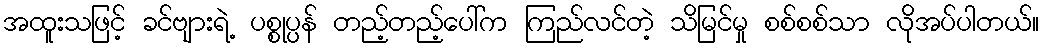
အထူးသဖြင့် ခင်ဗျားရဲ့ ပစ္စုပ္ပန် တည့်တည့်ပေါ်က ကြည်လင်တဲ့ သိမြင်မှု စစ်စစ်သာ လိုအပ်ပါတယ်။